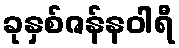
ခုနှစ်ဇန်နဝါရီ